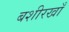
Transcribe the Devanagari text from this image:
बशीरखाँ